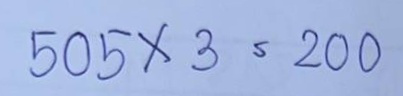
505 x 3 = 200